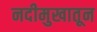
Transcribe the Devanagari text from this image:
नदीमुखातून